Calcutta medical institutions reports 1871-78
Year: 1871
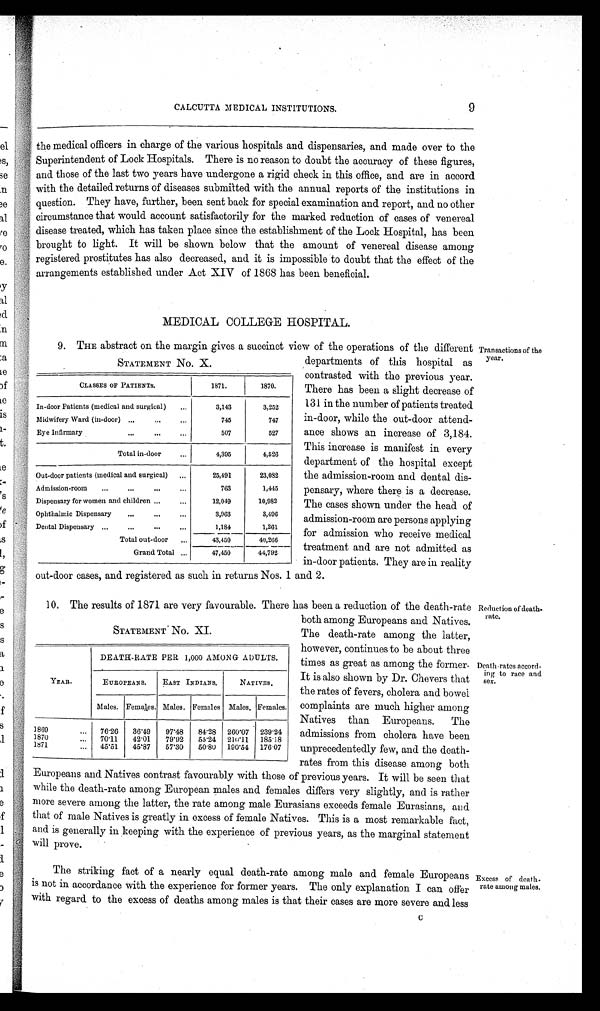
CALCUTTA MEDICAL INSTITUTIONS.
9
the medical officers in charge of the various hospitals and dispensaries, and made over to the
Superintendent of Lock Hospitals. There is no reason to doubt the accuracy of these figures,
and those of the last two years have undergone a rigid check in this office, and are in accord
with the detailed returns of' diseases submitted with the annual reports of the institutions in
question. They have, further, been sent back for special examination and report, and no other
circumstance that would account satisfactorily for the marked reduction of cases of venereal
disease treated, which has taken place since the establishment of the Lock Hospital, has been
brought to light. It will be shown below that the amount of venereal disease among
registered prostitutes has also decreased, and it is impossible to doubt that the effect of the
arrangements established under Act XIV of 1868 has been beneficial.
MEDICAL COLLEGE HOSPITAL.
9.
THE abstract on the margin gives a succinct view of the operations of the different Transactions of the
year.
STATEMENT No.X.
CLASSES OF PATIENTS.
1871.
1870.
In-door Patients (medical and surgical)
3,143
3,252
Midwifery Ward (in-door)
745
747
Eye Infirmary
507
527
Total in-door
4,395
4,526
Out-door patients (medical and surgical)
25,491
23,082
Admission-room
763
1,445
Dispensary for women and children
12,049
10,982
Ophthalmic Dispensary
3,963
3,496
Dental Dispensary
1,184
1,261
Total out-door
43,450
40,266
Grand Total
47,450
44,792
departments of this hospital as
contrasted with the previous year.
There has been a slight decrease of
131 in the number of patients treated
in-door, while the out-door attend
ance shows an increase of 3,184.
This increase is manifest in every
department of the hospital except
the admission-room and dental dis
pensary, where there is a decrease.
The cases shown under the head of
admission-room are persons applying
for admission who receive medical
treatment and are not admitted as
in-door patients. They are in reality
out-door cases, and registered as such in returns Nos. 1 and 2.
10.
The results of 1871 are very favourable. There has been a reduction of the death-rate Reduction of death-
rate.
STATEMENT No. XI.
YEAR.
DEATH-RATE PER 1,000 AMONG ADULTS.
EUROPEANS.
EAST INDIANS.
NATIVES.
Males. Females. Males. Females Males. Females.
1869
76·20
36·49
97·48
84·28 260·07 239·24
1870
70·11
42·01
79·92
55·24 210·11 185·18
1871
45·51
45·87
57·30
50·80 190·54 176·07
both among Europeans and Natives.
The death-rate among the latter,
however, continues to be about three
times as great as among the former.
It is also shown by Dr. Chevers that
the rates of fevers, cholera and bowel
complaints are much higher among
Natives than Europeans. The
admissions from cholera have been
unprecedentedly few, and the death-
rates from this disease among both
Death•rates accord.
ing to race and
sex.
Europeans and Natives contrast favourably with those of previous years. It will be seen that
while the death-rate among European males and females differs very slightly, and is rather
more severe among the latter, the rate among male Eurasians exceeds female Eurasians, and
that of male Natives is greatly in excess of female Natives. This is a most remarkable fact,
and is generally in keeping with the experience of previous years, as the marginal statement
will prove.
The striking fact of a nearly equal death-rate among male and female Europeans
is not in accordance with the experience for former years. The only explanation I can offer
with regard to the excess of deaths among males is that their cases are more severe and less
C
Excess of death.
rate among males,